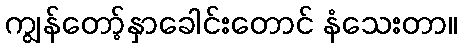
ကျွန်တော့်နှာခေါင်းတောင် နံသေးတာ။